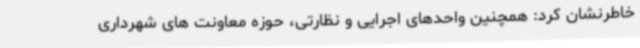
خاطرنشان کرد: همچنین واحدهای اجرایی و نظارتی، حوزه معاونت های شهرداری